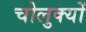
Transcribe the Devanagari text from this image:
चोलुक्यों